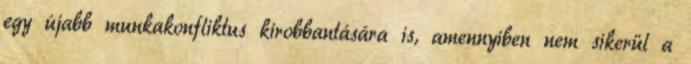
egy újabb munkakonfliktus kirobbantására is, amennyiben nem sikerül a